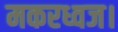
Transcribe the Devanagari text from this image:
मकरध्वज।